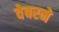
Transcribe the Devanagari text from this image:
वेबरने